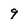
Character: 9